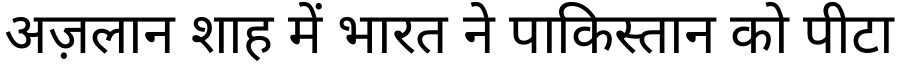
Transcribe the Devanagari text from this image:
अज़लान शाह में भारत ने पाकिस्तान को पीटा